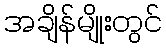
အချိန်မျိုးတွင်